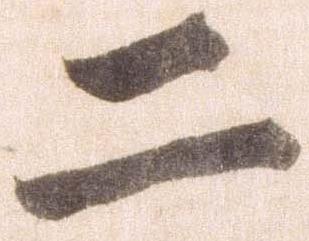
二